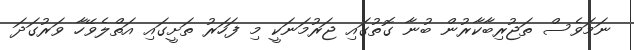
ނަމަވެސް ތަޖުރިބާކާރުން ބުނާ ގޮތުގައި ޖަރުމަނަކީ މި ފަހަރު ތަށީގައި އަތްލެވޭހާ ވަރުގަދަ